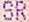
SR